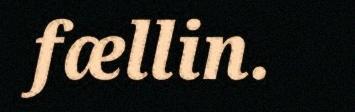
fællin.